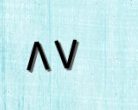
٨٧